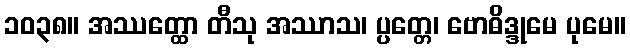
၁၀၃၈။ အဿတ္ထော တီသု အဿာသ၊ ပ္ပတ္တေ၊ ဗောဓိဒ္ဒုမေ ပုမေ။